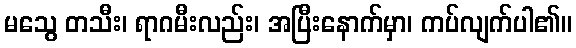
မသွေ တသီး၊ ရာဂမီးလည်း၊ အပြီးနောက်မှာ၊ ကပ်လျက်ပါ၏။